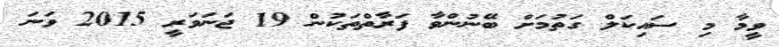
ވީމާ މި ސައިކަލް ގަތުމަށް ބޭނުންވާ ފަރާތްތަކުން 19 ޖަނަވަރީ 2015 ވަނަ